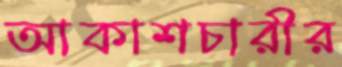
আকাশচারীর